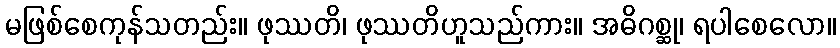
မဖြစ်စေကုန်သတည်း။ ဖုဿတိ၊ ဖုဿတိဟူသည်ကား။ အဓိဂစ္ဆု၊ ရပါစေလော။